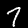
Label: 7